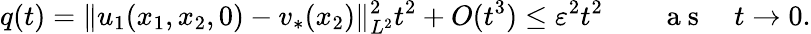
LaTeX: q(t)=\| u_{1}(x_{1},x_{2},0)-v_{*}(x_{2})\| _{L^{2}}^{2}t^{2}+O(t^{3})\leq\varepsilon^{2}t^{2}\qquad\mathrm{~a~s~}\quad t\to 0.